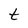
Character: t